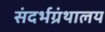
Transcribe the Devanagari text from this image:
संदर्भग्रंथालय